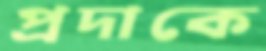
প্রদাকে